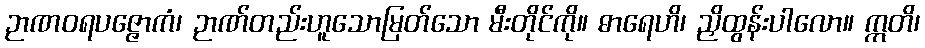
ဉာဏဝရပဇ္ဇောကံ၊ ဉာဏ်တည်းဟူသောမြတ်သော မီးတိုင်ကို။ ဓာရေဟိ၊ ညှိထွန်းပါလော။ ဣတိ၊